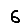
Digit: 6